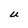
Character: U